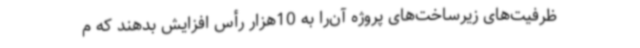
ظرفیت‌های زیرساخت‌های پروژه آن‌را به 10هزار رأس افزایش بدهند که م